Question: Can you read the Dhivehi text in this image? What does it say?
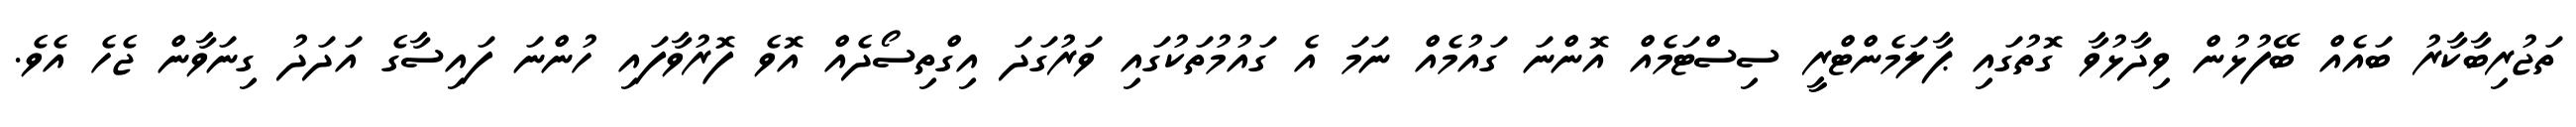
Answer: ތަޖުރިބާކާރު ބައެއް ބޭފުޅުން ވިދާޅުވާ ގޮތުގައި ޕާލަމެންޓްރީ ސިސްޓަމެއް އޮންނަ ގައުމެއް ނަމަ އެ ގައުމުތަކުގައި ވަރުގަދަ އިގްތިސޯދެއް އޮވެ ފޮރުވާފައި ހުންނަ ފައިސާގެ އަދަދު ގިނަވާން ޖެހެ އެވެ.